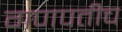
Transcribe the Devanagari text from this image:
गणपतीच